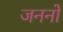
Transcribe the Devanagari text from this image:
जननों